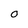
Character: O